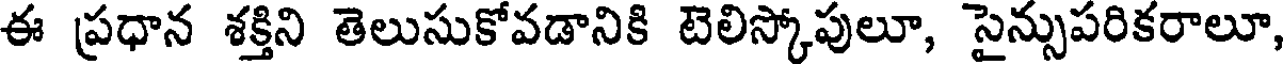
ఈ ప్రధాన శక్తిని తెలుసుకోవడానికి టెలిస్కోపులూ, సైన్సుపరికరాలూ,